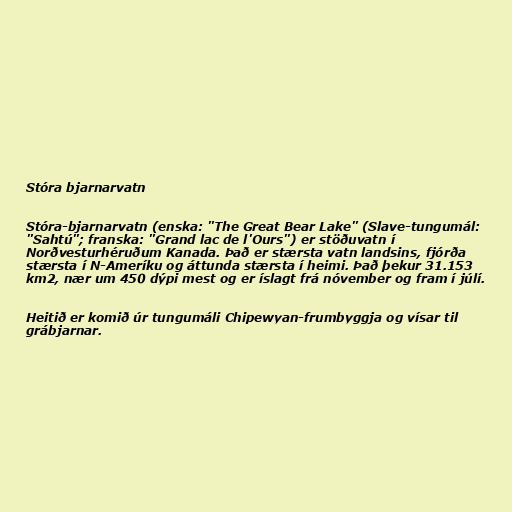
Stóra bjarnarvatn

Stóra-bjarnarvatn (enska: "The Great Bear Lake" (Slave-tungumál:
"Sahtú"; franska: "Grand lac de l'Ours") er stöðuvatn í
Norðvesturhéruðum Kanada. Það er stærsta vatn landsins, fjórða
stærsta í N-Ameríku og áttunda stærsta í heimi. Það þekur 31.153
km2, nær um 450 dýpi mest og er íslagt frá nóvember og fram í júlí.

Heitið er komið úr tungumáli Chipewyan-frumbyggja og vísar til
grábjarnar.